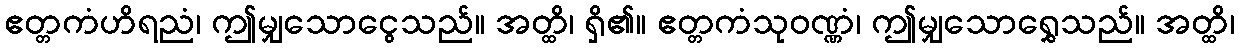
ဧတ္တကံဟိရညံ၊ ဤမျှသောငွေသည်။ အတ္ထိ၊ ရှိ၏။ ဧတ္တကံသုဝဏ္ဏံ၊ ဤမျှသောရွှေသည်။ အတ္ထိ၊